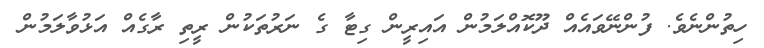
ހިތުންނެވެ. ފުންނޭވައެއް ދޫކޮއްލަމުން އައިރީން ގިޓާ ގެ ނަރުތަކުން ރީތި ރާގެއް އަޅުވާލަމުން